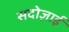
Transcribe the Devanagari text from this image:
सदोज़ाई